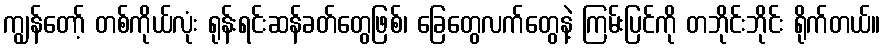
ကျွန်တော့် တစ်ကိုယ်လုံး ရုန်းရင်းဆန်ခတ်တွေဖြစ်၊ ခြေတွေလက်တွေနဲ့ ကြမ်းပြင်ကို တဘိုင်းဘိုင်း ရိုက်တယ်။